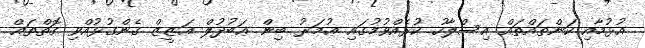
އުޅުމާއި ކަންތައްތައް އިސްލާހު ކުރެއްވުމުގައި ޢުމަރު ބިން ޢަބުދުލް ޢަޒީޒް ގެންގުޅުއްވި ގޮތްތައް